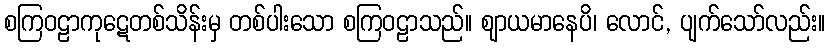
စကြဝဠာကုဋေတစ်သိန်းမှ တစ်ပါးသော စကြဝဠာသည်။ ဈာယမာနေပိ၊ လောင်, ပျက်သော်လည်း။